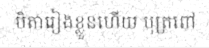
បិតារៀងខ្លួនហើយ បុត្រពៅ